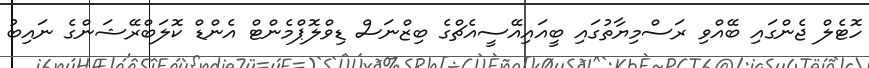
ހޮޓެލް ޖެންގައި ބޭއްވި ރަސްމިޔާތުގައި ބީއައިއޭސީއެޗްގެ ބިޒްނަސް ޑިވްލޮޕްމެންޓް އެންޑް ކޮލަބްރޭޝަންގެ ނައިބު